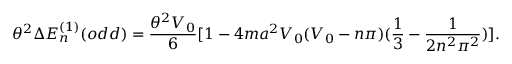
\theta ^ { 2 } \Delta E _ { n } ^ { ( 1 ) } ( o d d ) = \frac { \theta ^ { 2 } V _ { 0 } } { 6 } [ 1 - 4 m a ^ { 2 } V _ { 0 } ( V _ { 0 } - n \pi ) ( \frac { 1 } { 3 } - \frac { 1 } { 2 n ^ { 2 } \pi ^ { 2 } } ) ] .